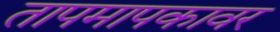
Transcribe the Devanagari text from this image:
तापमापकावर